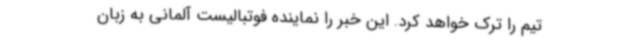
تیم را ترک خواهد کرد. این خبر را نماینده فوتبالیست آلمانی به زبان